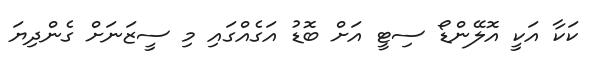
ކަކާ އަކީ އޮލޭންޑޯ ސިޓީ އަށް ބޮޑު އަގެއްގައި މި ސީޒަނަށް ގެންދިޔަ